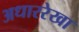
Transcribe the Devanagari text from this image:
अधाररेखा